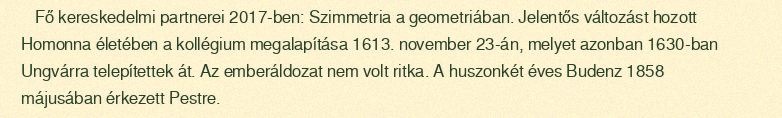
Fő kereskedelmi partnerei 2017-ben: Szimmetria a geometriában. Jelentős változást hozott Homonna életében a kollégium megalapítása 1613. november 23-án, melyet azonban 1630-ban Ungvárra telepítettek át. Az emberáldozat nem volt ritka. A huszonkét éves Budenz 1858 májusában érkezett Pestre.